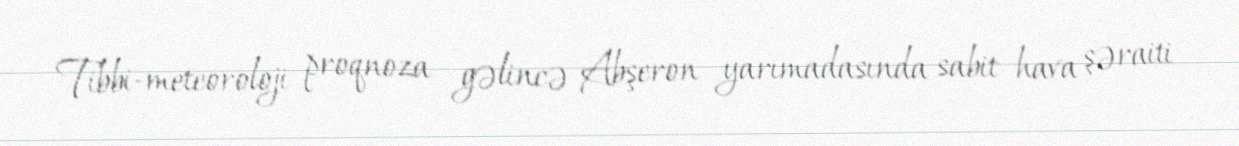
Tibbi-meteoroloji proqnoza gəlincə Abşeron yarımadasında sabit hava şəraiti